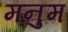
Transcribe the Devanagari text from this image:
मनुम